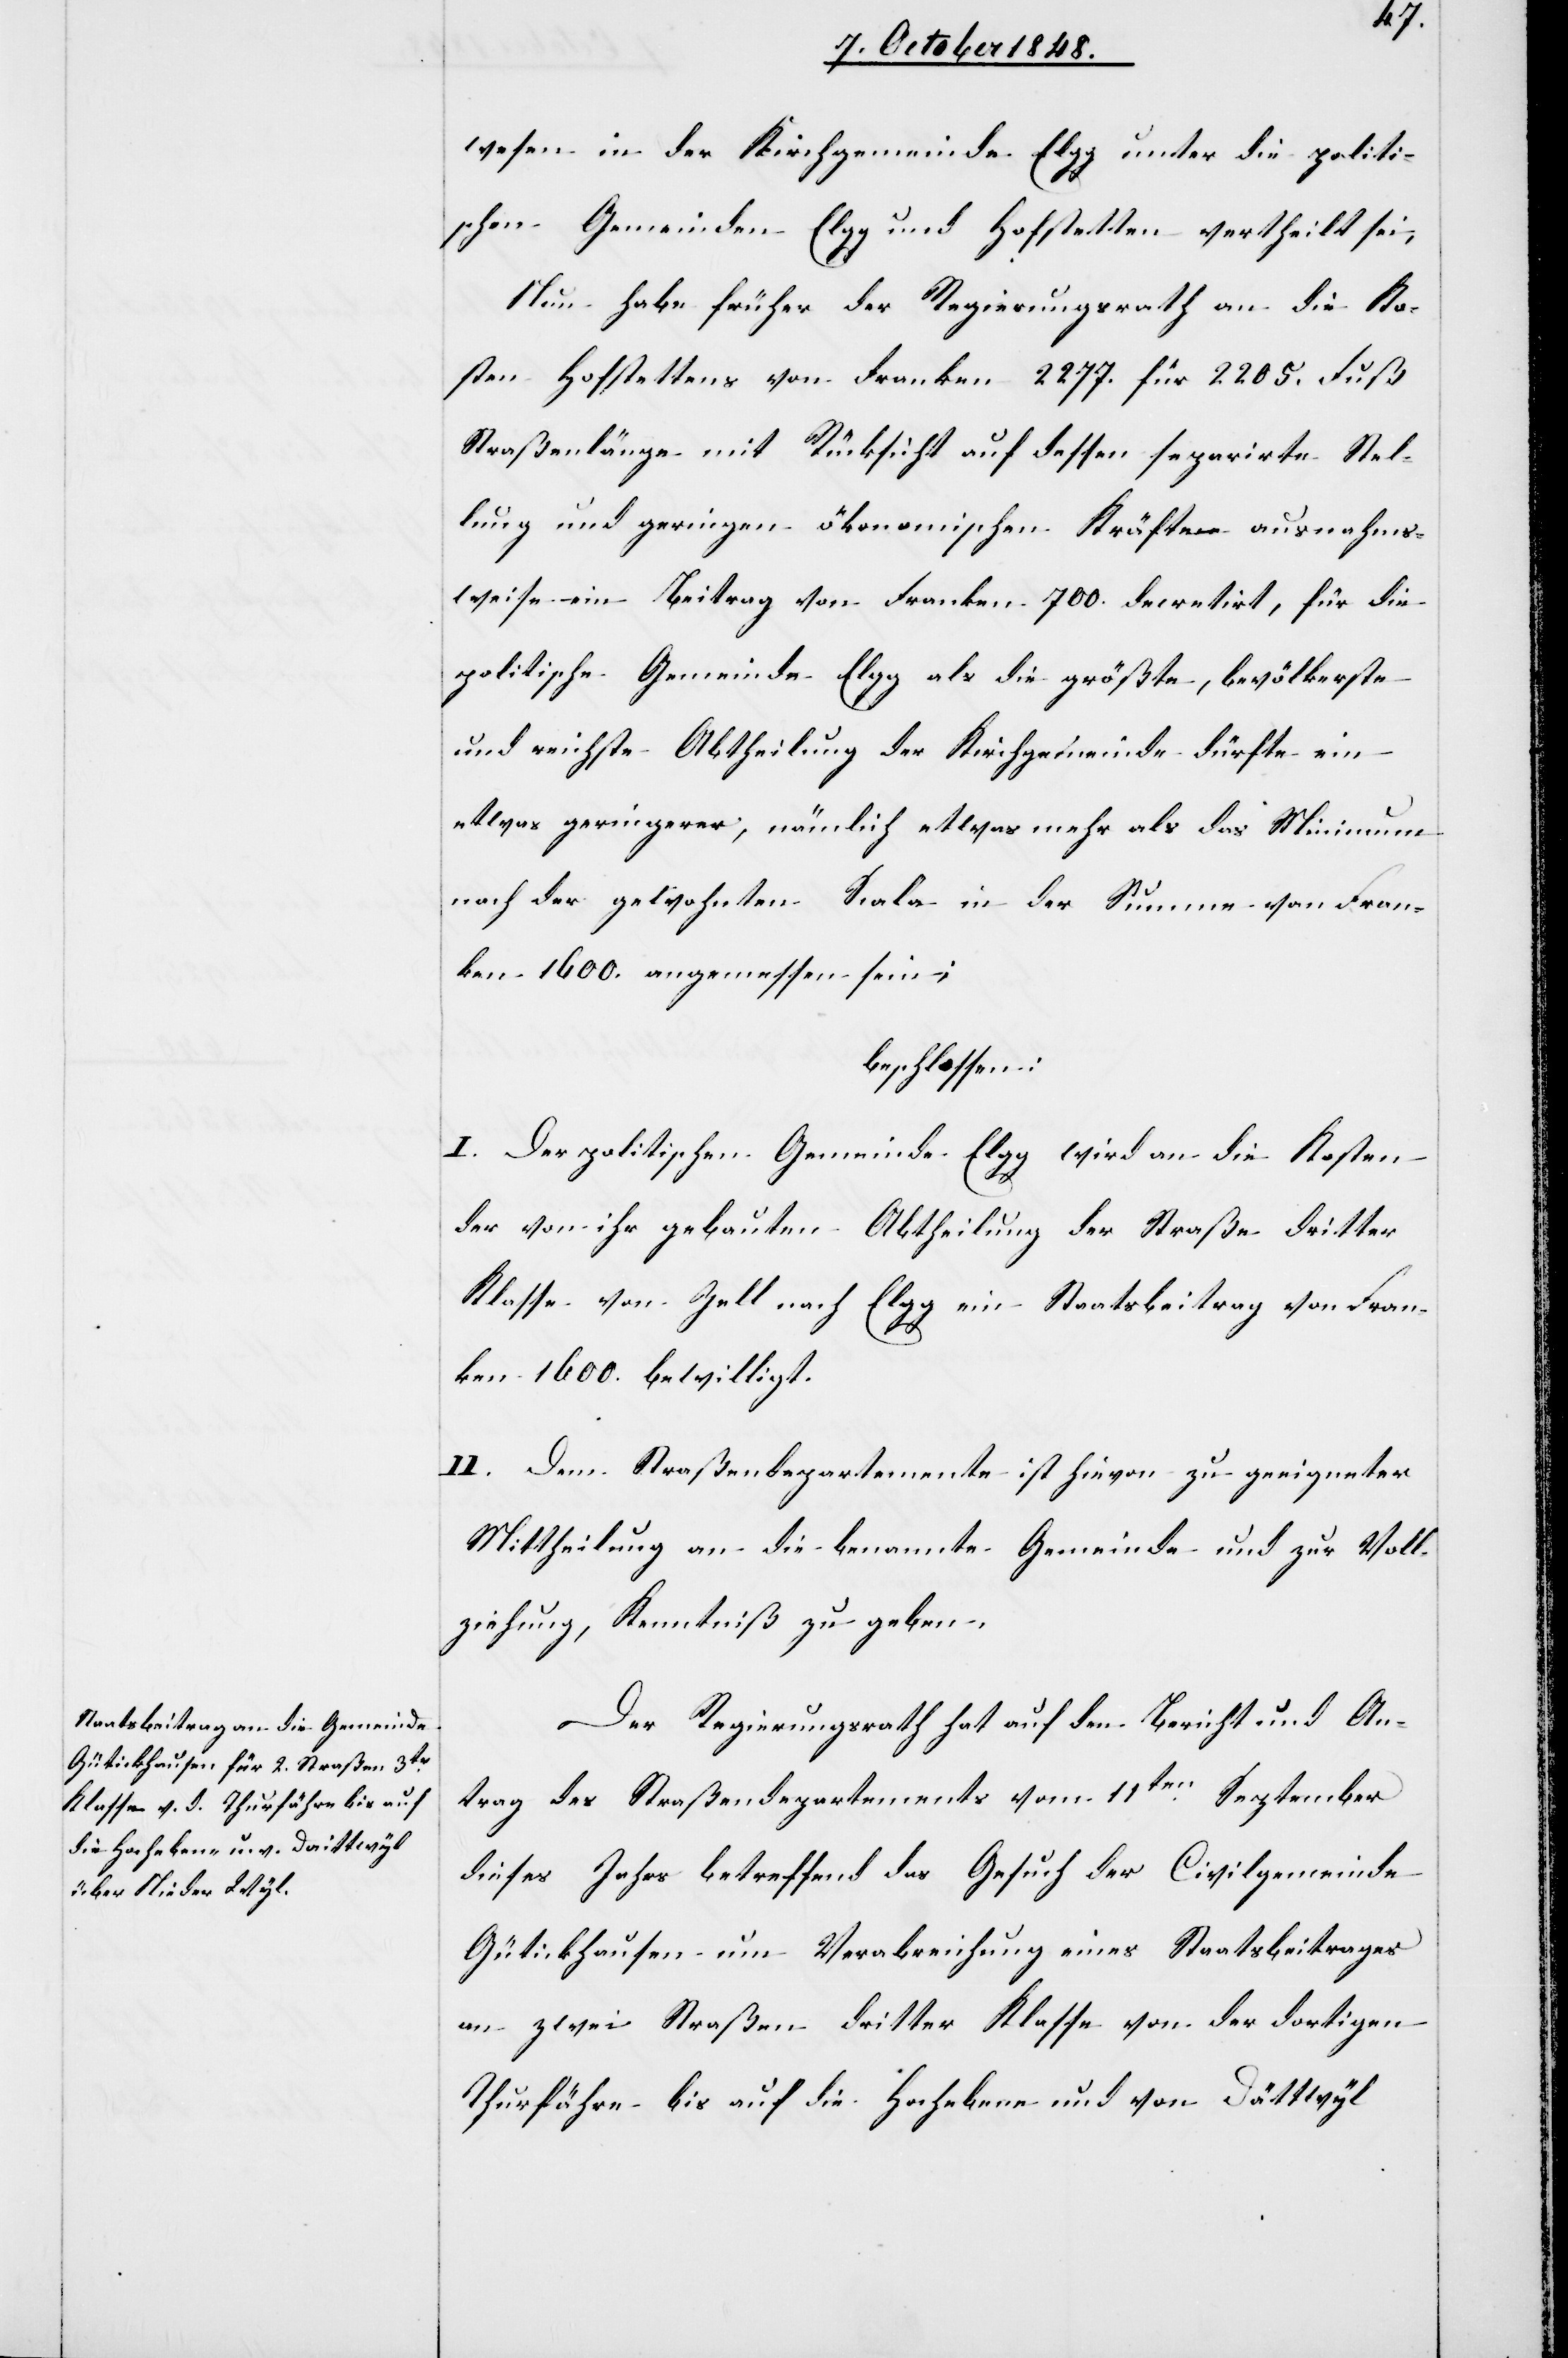
wesen in der Kirchgemeinde Elgg unter die politi¬
schen Gemeinden Elgg und Hofstetten vertheilt sei,
Nun habe früher der Regierungsrath an die Ko¬
sten Hofstettens von Franken 2277. für 2205. Fuß
Straßenlänge mit Rücksicht auf dessen separirte Stel¬
lung und geringen ökonomischen Kräfte ausnahms¬
weise ein Beitrag von Franken 700. decretirt, für die
politische Gemeinde Elgg als die größte, bevölkerste
und reichste Abtheilung der Kirchgemeinde dürfte ein
etwas geringerer, nämlich etwas mehr als das Minimum
nach der gewohnten Scala in der Summe von Fran¬
ken 1600. angemessen sein;
beschlossen:
I. Der politischen Gemeinde Elgg wird an die Kosten
der von ihr gebauten Abtheilung der Straße dritter
Klasse von Zell nach Elgg ein Staatsbeitrag von Fran¬
ken 1600. bewilligt.
II. Dem Straßendepartemente ist hievon zu geeigneter
Mittheilung an die benannte Gemeinde und zur Voll¬
ziehung, Kenntniß zu geben.
Der Regierungsrath hat auf den Bericht und An¬
trag des Straßendepartements vom 11ten September
dieses Jahrs betreffend das Gesuch der Civilgemeinde
Gütickhausen um Verabreichung eines Staatsbeitrages
an zwei Straßen dritter Klasse von der dortigen
Thurfähre bis auf die Hochebene und von Dättwyl